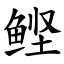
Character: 鲣